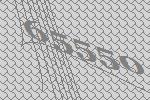
65550